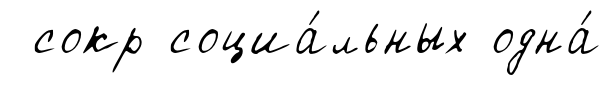
сокр социа́льных одна́